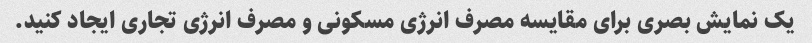
یک نمایش بصری برای مقایسه مصرف انرژی مسکونی و مصرف انرژی تجاری ایجاد کنید.